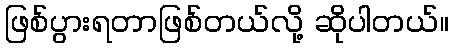
ဖြစ်ပွားရတာဖြစ်တယ်လို့ ဆိုပါတယ်။